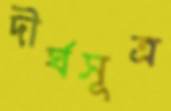
দীর্ঘসূত্র